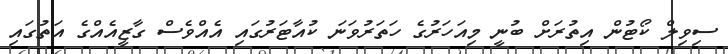
ސިވިލް ކޯޓުން އިތުރަށް ބުނީ މިއަހަރުގެ ހަތަރުވަނަ ކުއާޓަރުގައި އެއްވެސް ގާޒީއެއްގެ އަތުގައި